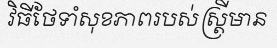
វិធីថែទាំសុខភាពរបស់ស្ត្រីមាន